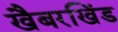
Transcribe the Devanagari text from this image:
खैबरखिंड